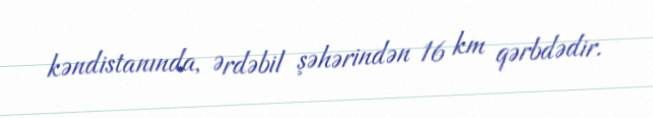
kəndistanında, Ərdəbil şəhərindən 16 km qərbdədir.